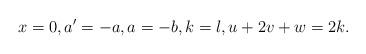
LaTeX: \begin{align*}x=0,a'=-a,a=-b,k=l,u+2v+w=2k.\end{align*}